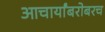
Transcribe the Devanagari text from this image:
आचार्यांबरोबरच